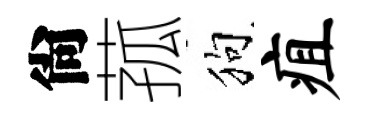
尙菰狗疽